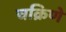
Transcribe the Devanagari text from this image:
चक्रिणे